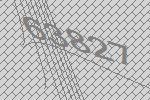
63827